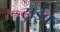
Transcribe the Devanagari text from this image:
ट्राईब